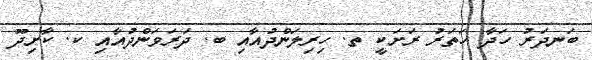
ބަނދަރު ހަދާ ހަތަރު ރަށަކީ ތ. ހިރިލަންދުއާއި ބ. ދަރަވަންދުއާއި ކ. ކާށިދޫ